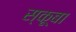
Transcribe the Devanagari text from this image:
स्‍कूबा